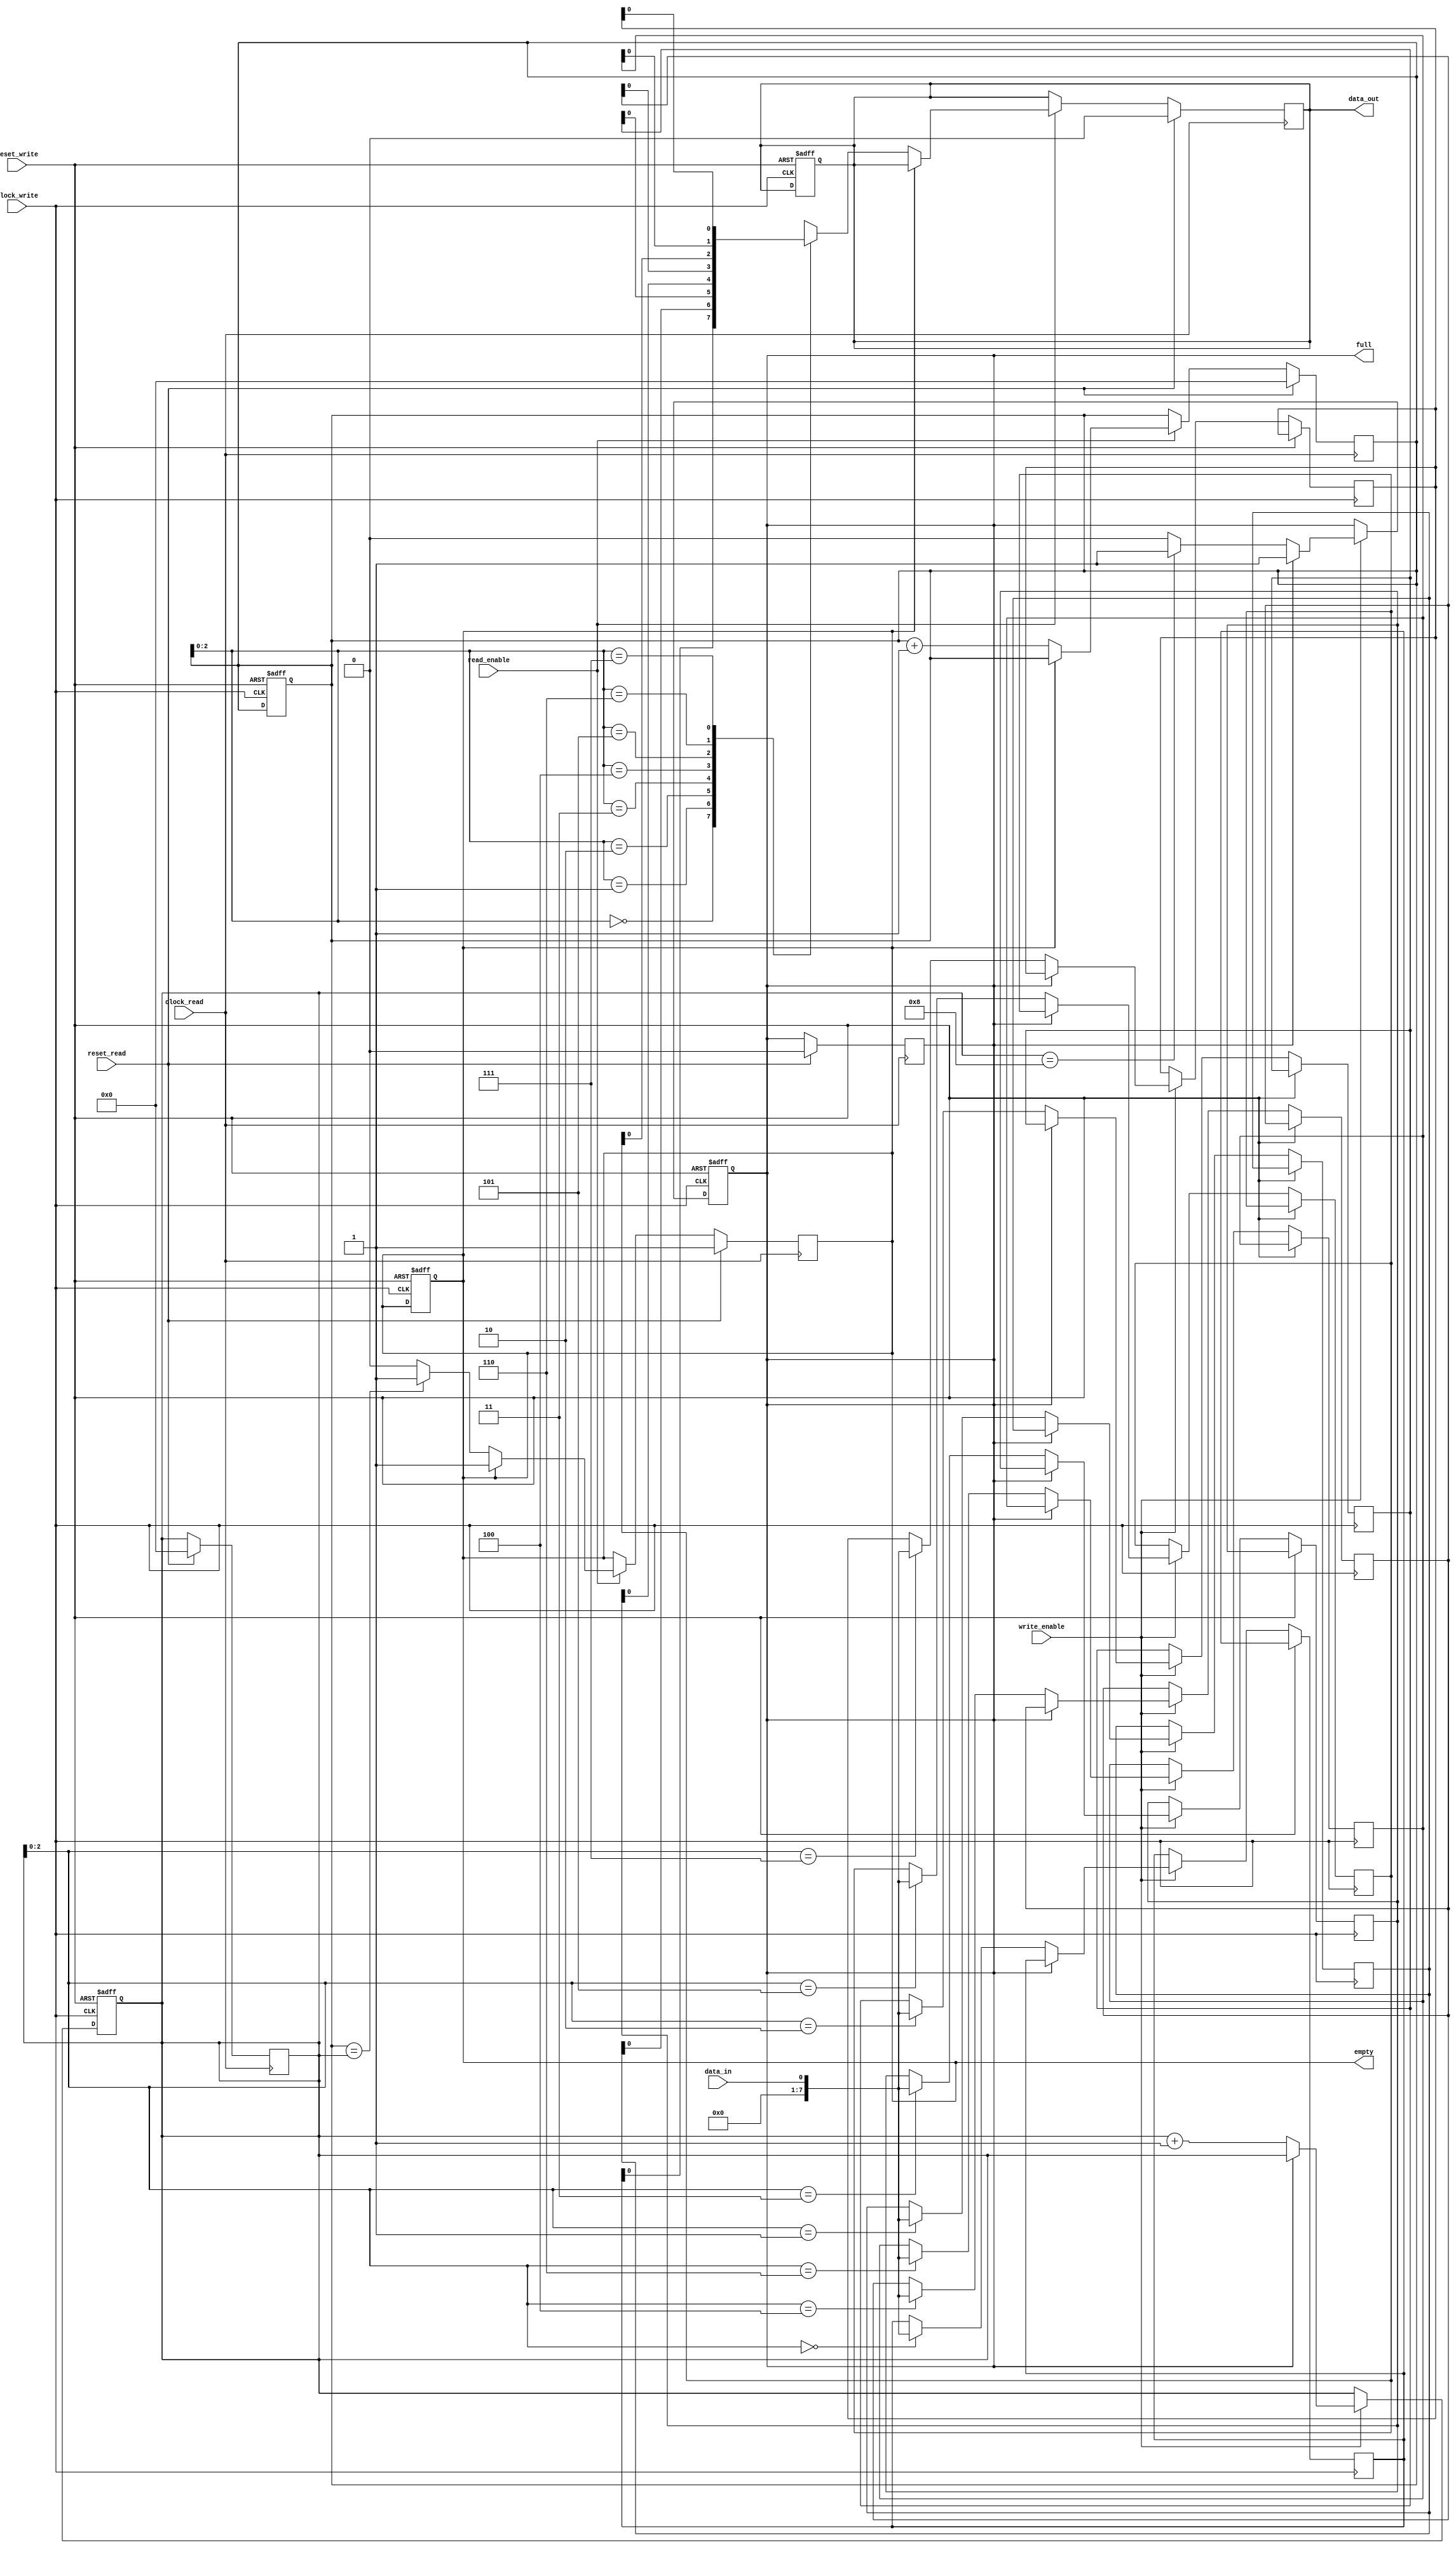
module fifo (
    input clock_write,        // Clock signal for write side
    input reset_write,        // Reset signal for write side
    input write_enable,       // Write enable signal
    input data_in,            // Input data to be written
    output empty,             // Empty flag signal
    output full,              // Full flag signal
    output reg data_out,      // Output data read from FIFO
    input clock_read,         // Clock signal for read side
    input reset_read,         // Reset signal for read side
    input read_enable         // Read enable signal
);

parameter SIZE = 8;          // FIFO size
reg [7:0] fifo_reg [0:SIZE-1];
reg [7:0] read_pointer, write_pointer;

integer i, j;

// Write side
always @(posedge clock_write or posedge reset_write) begin
    if (reset_write) begin
        write_pointer <= 0;
        read_pointer <= 0;
        empty <= 1;
        full <= 0;
        data_out <= 0;
    end else begin
        if (write_enable) begin
            if (full) begin
                // FIFO is full, drop data
                $display("FIFO is full, data dropped");
            end else begin
                fifo_reg[write_pointer] <= data_in;
                write_pointer <= write_pointer + 1;
                if (write_pointer == SIZE) begin
                    full <= 1;
                end
            end
        end
    end
end

// Read side
always @(posedge clock_read) begin
    if (reset_read) begin
        write_pointer <= 0;
        read_pointer <= 0;
        empty <= 1;
        full <= 0;
        data_out <= 0;
    end else begin
        if (read_enable) begin
            if (empty) begin
                // FIFO is empty
                $display("FIFO is empty, no data to read");
            end else begin
                data_out <= fifo_reg[read_pointer];
                read_pointer <= read_pointer + 1;
                if (read_pointer == write_pointer) begin
                    empty <= 1;
                end
            end
        end
    end
end

endmodule